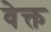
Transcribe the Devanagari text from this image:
वेक्त